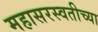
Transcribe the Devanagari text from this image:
महासरस्वतीच्या